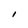
Character: I